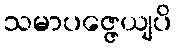
သမာပဇ္ဇေယျပိ